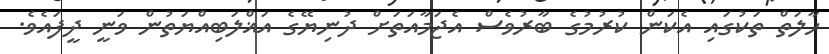
ހާލަތް ތަކުގައި އެކަން ކުރުމުގެ ބާރުވެސް އެޖަމާއަތަށް ދުނިޔޭގެ އަޣްލަބިއްޔަތުން ވަނީ ދީފައެވެ.